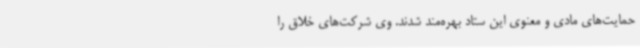
حمایت‌های مادی و معنوی این ستاد بهره‌مند شدند. وی شرکت‌های خلاق را